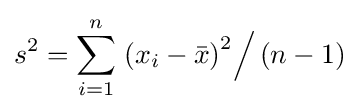
s^{2}=\sum _{i=1}^{n}\left.\left(x_{i}-{\bar {x}}\right)^{2}\right/(n-1)